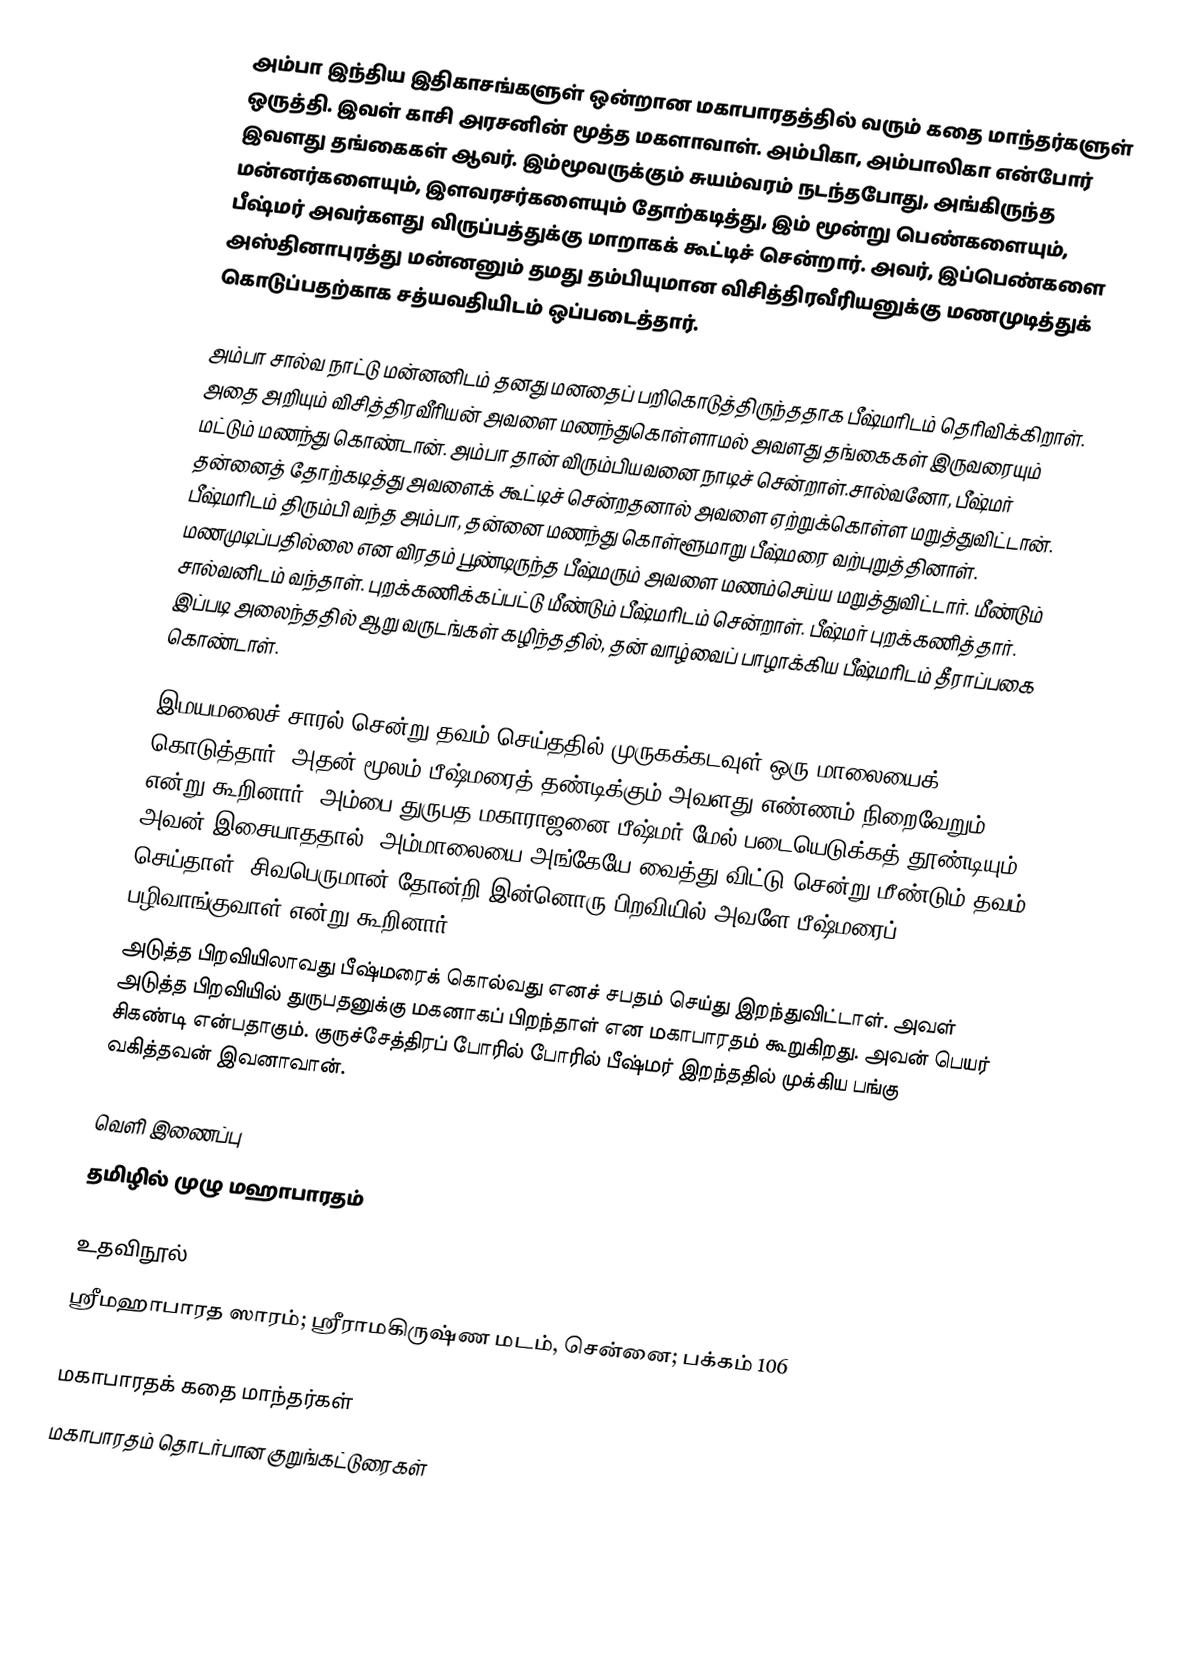
அம்பா இந்திய இதிகாசங்களுள் ஒன்றான மகாபாரதத்தில் வரும் கதை மாந்தர்களுள் ஒருத்தி. இவள் காசி அரசனின் மூத்த மகளாவாள். அம்பிகா, அம்பாலிகா என்போர் இவளது தங்கைகள் ஆவர். இம்மூவருக்கும்  சுயம்வரம் நடந்தபோது, அங்கிருந்த மன்னர்களையும், இளவரசர்களையும் தோற்கடித்து, இம் மூன்று பெண்களையும், பீஷ்மர் அவர்களது விருப்பத்துக்கு மாறாகக் கூட்டிச் சென்றார். அவர், இப்பெண்களை அஸ்தினாபுரத்து மன்னனும் தமது தம்பியுமான  விசித்திரவீரியனுக்கு மணமுடித்துக் கொடுப்பதற்காக சத்யவதியிடம் ஒப்படைத்தார்.

அம்பா சால்வ நாட்டு மன்னனிடம் தனது மனதைப் பறிகொடுத்திருந்ததாக பீஷ்மரிடம் தெரிவிக்கிறாள். அதை அறியும்  விசித்திரவீரியன் அவளை மணந்துகொள்ளாமல் அவளது தங்கைகள் இருவரையும் மட்டும் மணந்து கொண்டான். அம்பா தான் விரும்பியவனை நாடிச் சென்றாள்.சால்வனோ, பீஷ்மர் தன்னைத் தோற்கடித்து அவளைக் கூட்டிச் சென்றதனால் அவளை ஏற்றுக்கொள்ள மறுத்துவிட்டான். பீஷ்மரிடம் திரும்பி வந்த அம்பா, தன்னை மணந்து கொள்ளூமாறு பீஷ்மரை வற்புறுத்தினாள். மணமுடிப்பதில்லை என விரதம் பூண்டிருந்த பீஷ்மரும் அவளை மணம்செய்ய மறுத்துவிட்டார். மீண்டும் சால்வனிடம் வந்தாள். புறக்கணிக்கப்பட்டு மீண்டும் பீஷ்மரிடம் சென்றாள். பீஷ்மர் புறக்கணித்தார். இப்படி அலைந்ததில் ஆறு வருடங்கள் கழிந்ததில், தன் வாழ்வைப் பாழாக்கிய பீஷ்மரிடம் தீராப்பகை கொண்டாள்.

இமயமலைச் சாரல் சென்று தவம் செய்ததில் முருகக்கடவுள் ஒரு மாலையைக் கொடுத்தார். அதன் மூலம் பீஷ்மரைத் தண்டிக்கும் அவளது எண்ணம் நிறைவேறும் என்று கூறினார். அம்பை துருபத மகாராஜனை பீஷ்மர் மேல் படையெடுக்கத் தூண்டியும் அவன் இசையாததால், அம்மாலையை அங்கேயே வைத்து விட்டு சென்று மீண்டும் தவம் செய்தாள். சிவபெருமான் தோன்றி இன்னொரு பிறவியில் அவளே பீஷ்மரைப் பழிவாங்குவாள் என்று கூறினார்.
அடுத்த பிறவியிலாவது பீஷ்மரைக் கொல்வது எனச் சபதம் செய்து இறந்துவிட்டாள். அவள் அடுத்த பிறவியில் துருபதனுக்கு மகனாகப் பிறந்தாள் என மகாபாரதம் கூறுகிறது. அவன் பெயர் சிகண்டி என்பதாகும். குருச்சேத்திரப் போரில் போரில் பீஷ்மர் இறந்ததில் முக்கிய பங்கு வகித்தவன் இவனாவான்.

வெளி இணைப்பு
 தமிழில் முழு மஹாபாரதம்

உதவிநூல்
ஸ்ரீமஹாபாரத ஸாரம்; ஸ்ரீராமகிருஷ்ண மடம், சென்னை; பக்கம் 106

மகாபாரதக் கதை மாந்தர்கள்
மகாபாரதம் தொடர்பான குறுங்கட்டுரைகள்